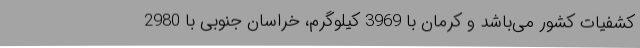
کشفیات کشور می‌باشد و کرمان با 3969 کیلوگرم، خراسان جنوبی با 2980